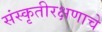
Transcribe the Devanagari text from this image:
संस्कृतीरक्षणाचे